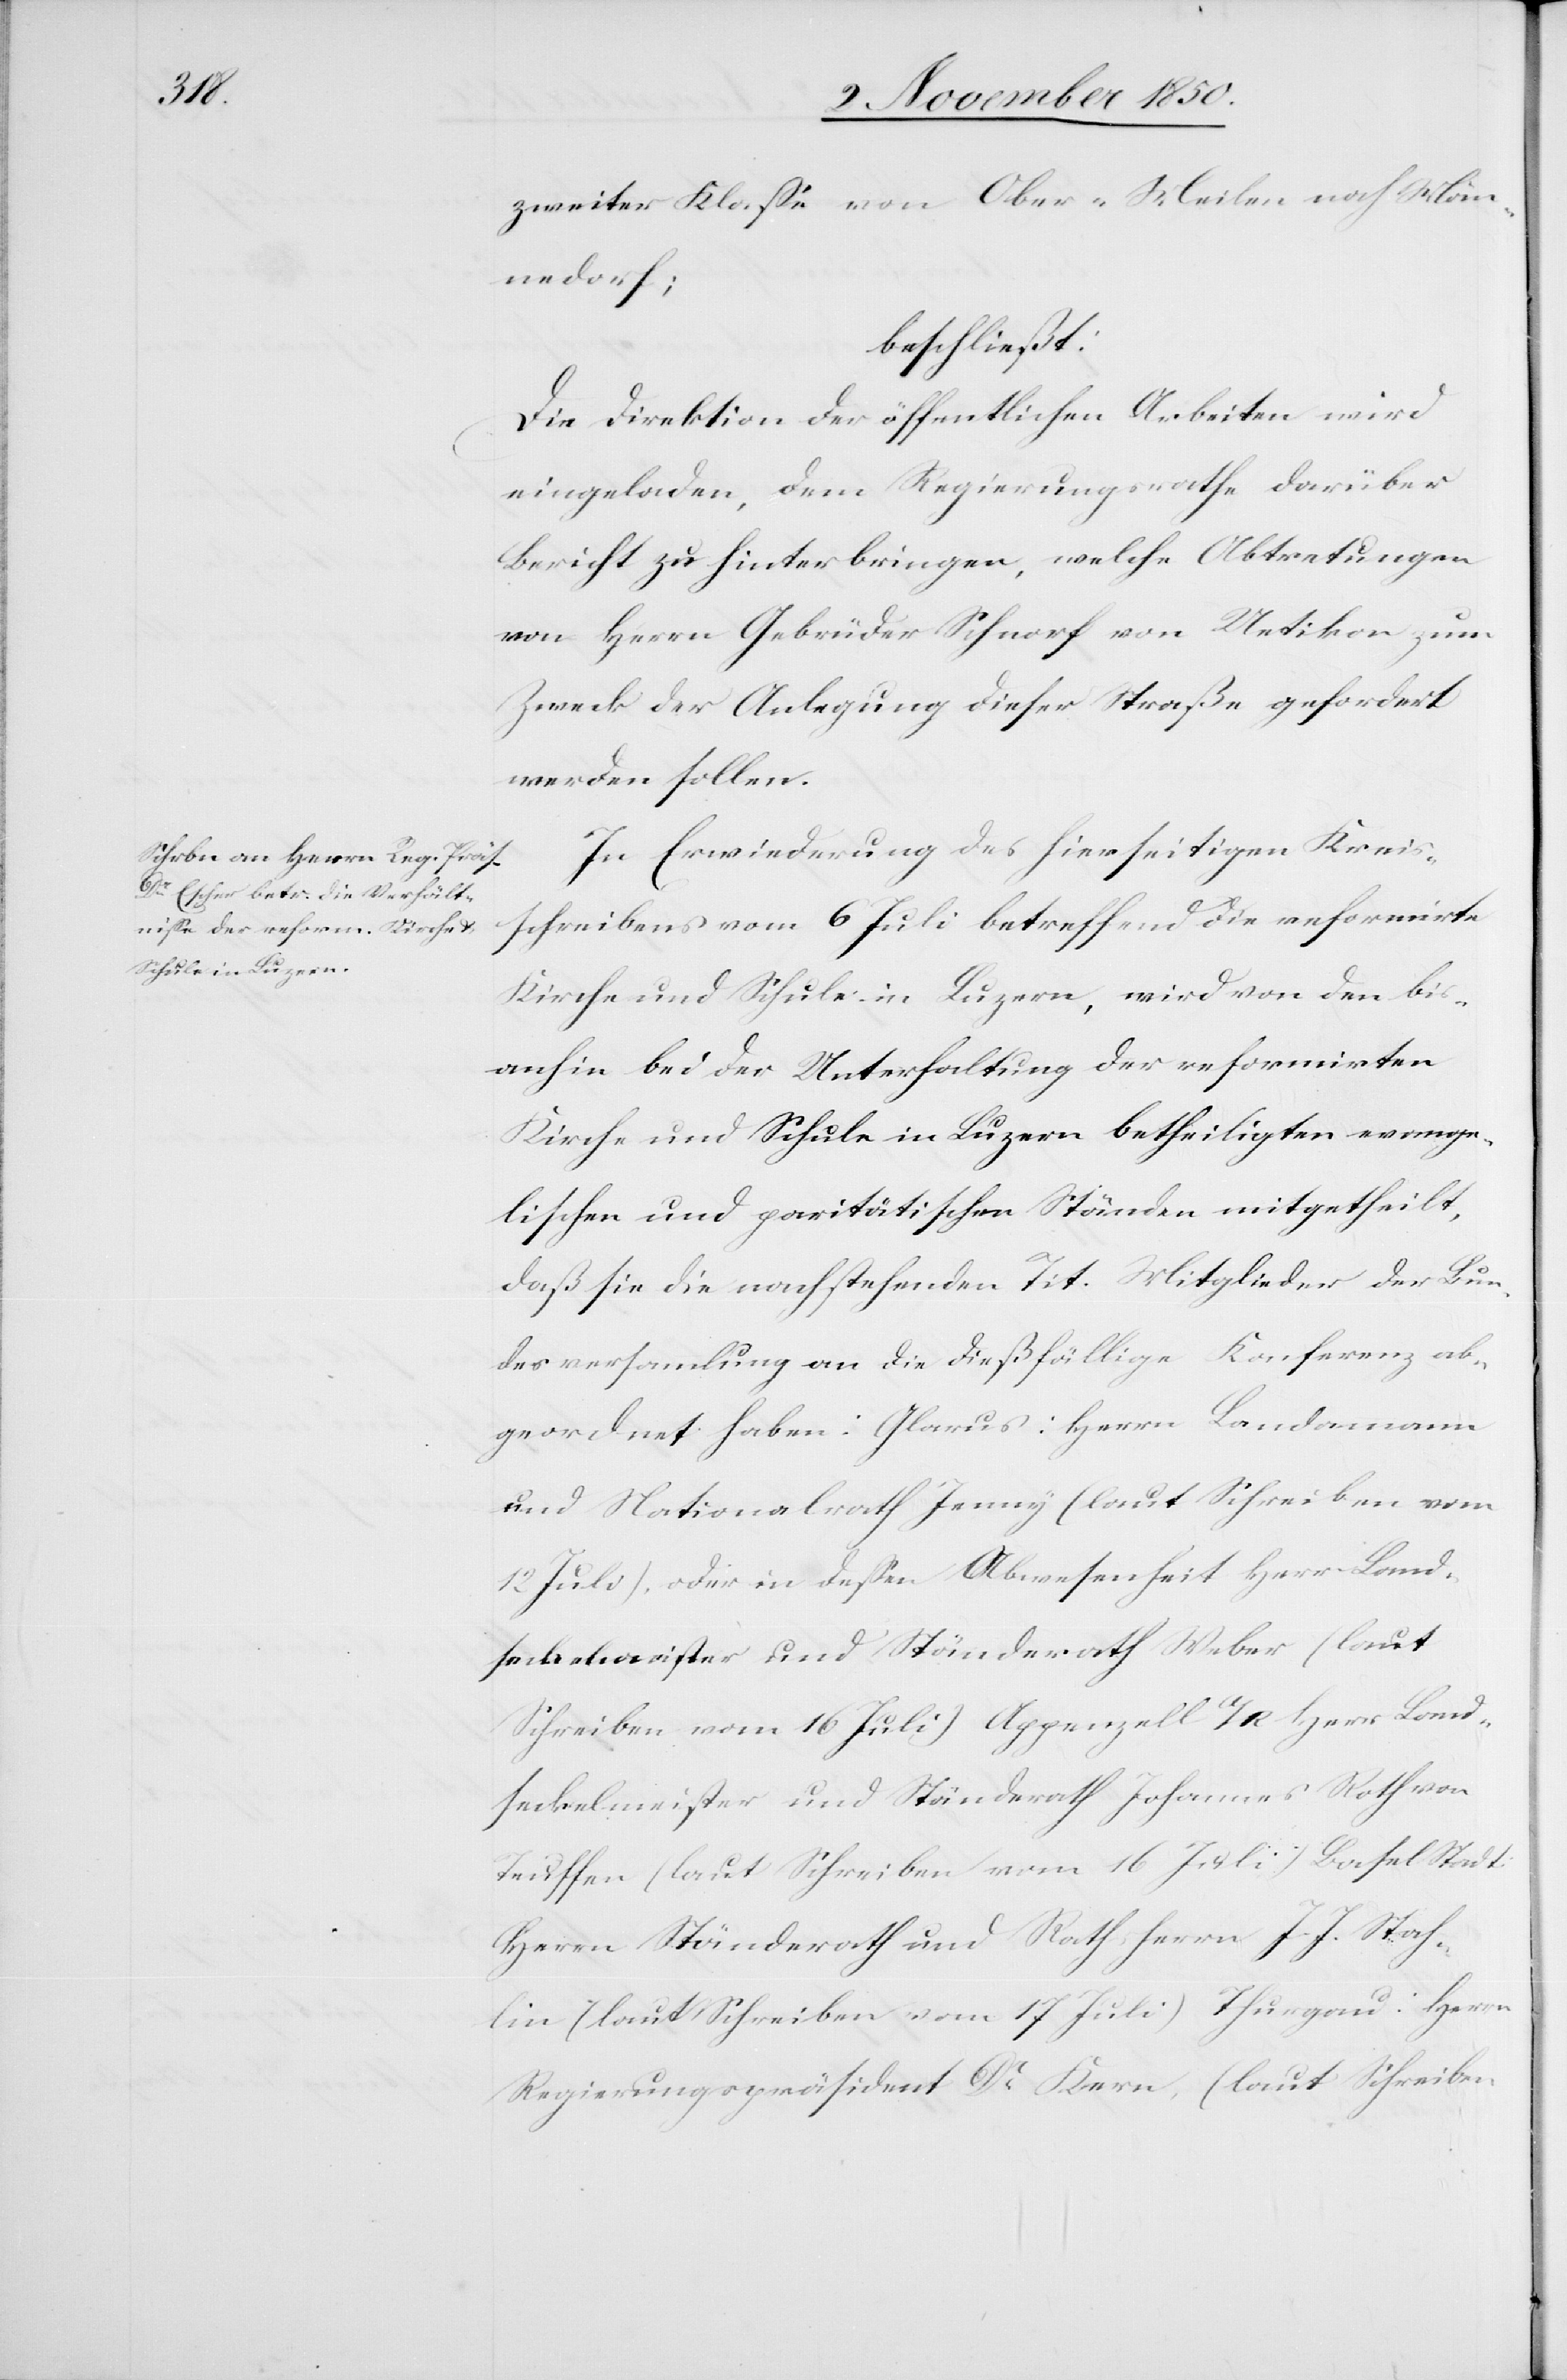
zweiter Klasse von Ober-Meilen noch [recte:
Männedorf;
beschließt:
Die Direktion der öffentlichen Arbeiten wird
eingeladen, dem Regierungsrathe darüber
Bericht zu hinterbringen, welche Abtretungen
von Herrn Gebrüder Schnorf von Uetikon zum
Zweck der Anlegung dieser Straße gefordert
werden sollen.
In Erwiederung des hierseitigen Kreis¬
schreibens vom 6 Juli betreffend die reformirte
Kirche und Schule in Luzern, wird von den bis¬
anhin bei der Unterhaltung der reformirten
Kirche und Schule in Luzern betheiligten evange¬
lischen und paritätischen Ständen mitgetheilt,
daß sie die nachstehenden Tit. Mitglieder der Bun¬
desversammlung an die dießfällige Konferenz ab¬
geordnet haben: Glarus: Herrn Landamann
und Nationalrath Jenny (laut Schreiben vom
12 Juli), oder in dessen Abwesenheit Herr Land¬
seckelmeister und Ständerath Weber (laut
Schreiben vom 16 Juli) Appenzell A/R Herr Land¬
seckelmeister und Ständerath Johannes Roth von
Teuffen (laut Schreiben vom 16 Juli) Basel Stadt:
Herrn Ständerath und Rathsherrn J. J. Stah¬
lin (laut Schreiben vom 17 Juli) Thurgau: Herrn
Regierungspräsident Dr Kern, (laut Schreiben